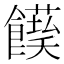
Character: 𩟌